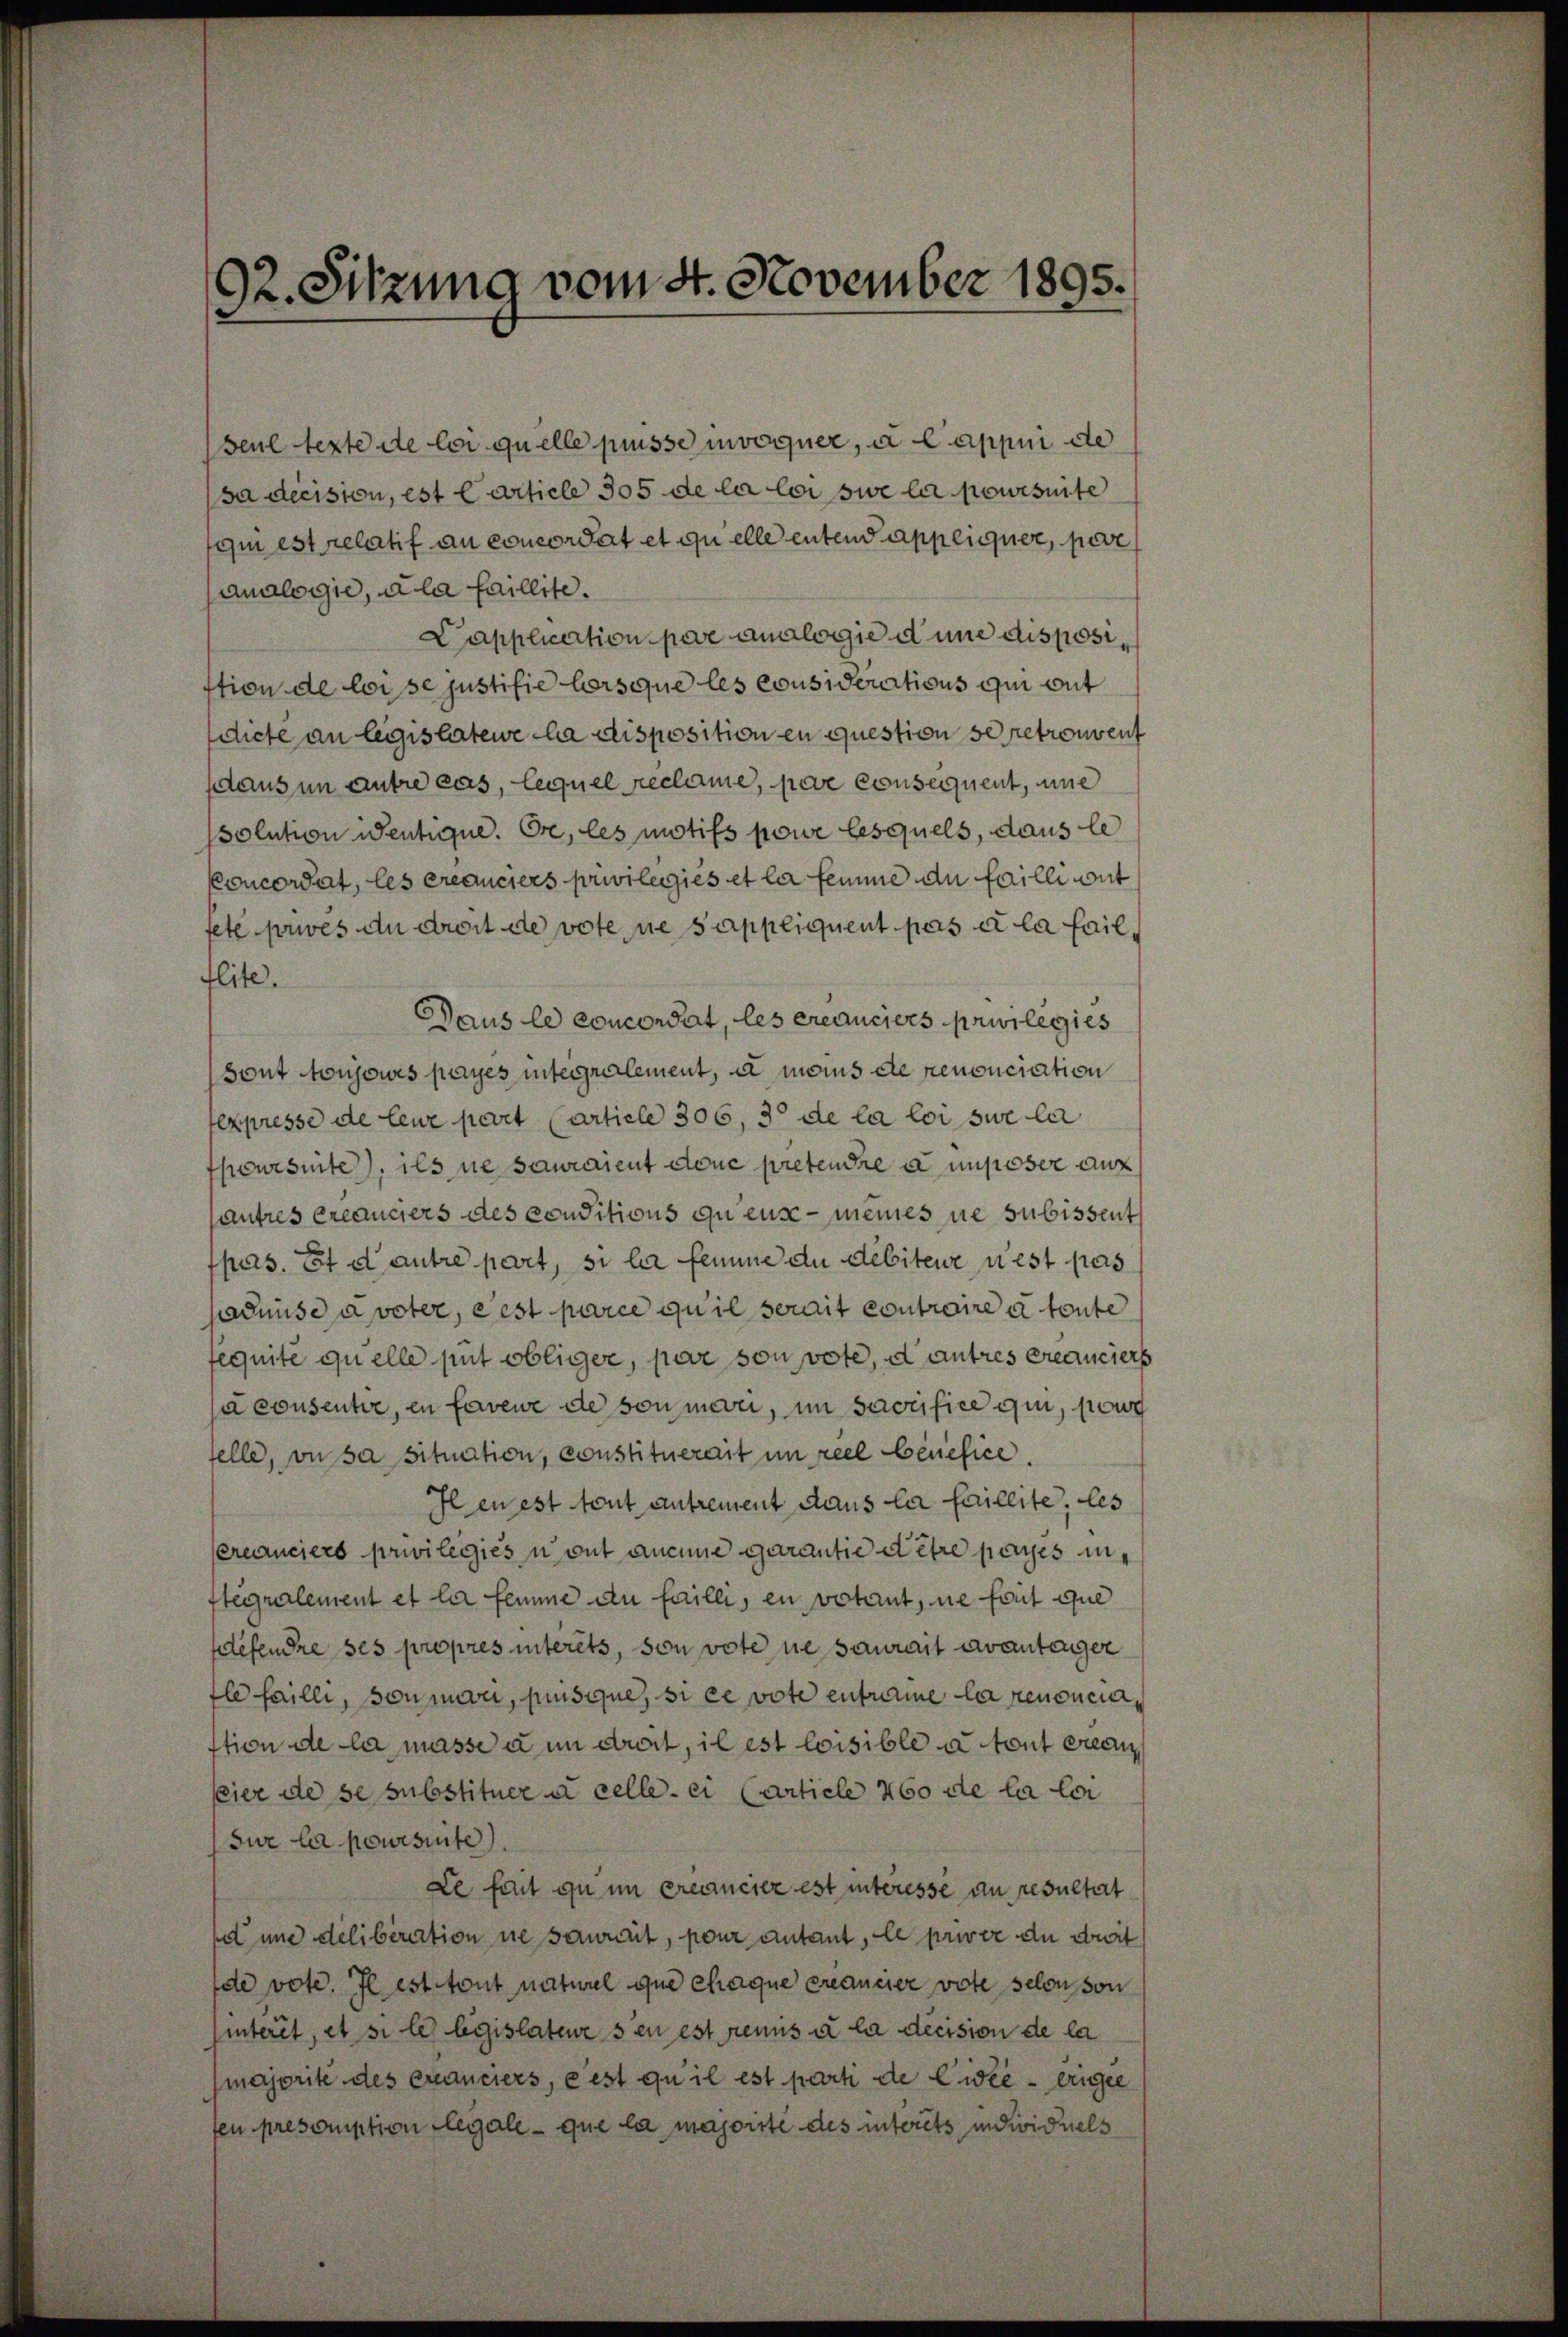
32. Sitzung vom 4. November 1895.

Seul texte de loi quelle puisse invoquer, a Cappui de
sa decision, est Carticle 305 de la loi sie la poursuite
qui est relatif an concordat et quelle entend appliquer, pere
analogie, à la faillite.
Capplication pere analogie d une disposiftion de loi se justifie lorsque les considerations qui mit
diete an legislatewe la disposition en question se retrouvent
daus in antre cas, lequel reclame, pere consequent, une
ssolution ientique. Ore, les motifs powe lesquels, dans le
Concordat, les créanciers privilegies et la femme du faille mit
fete prives du droit de vote, ne sappliquent pas à la failflite.
Daus le concordat, les créanciers privilegies
sont toujours payes integralement, à maus de renonciation
expresse de leur part (article 306, 3 de la loi sue let
poursuite), ils ne sauraient douc pretendre a imposer auf
pautres créanciers des conditions qu euse - meines ne subissent
pas. Et d autre part, si la femme du débiteur nest pas
sadmise à veter, est parce qu’il serait contraire à toute
fequité quelle mit obliger, par son vote, et autres créanciers
sa consentie, en faveur de son medii, im Sacrifice qui, sow
felle, on sa situation, constituerait in reel Benefice.
Il en est tout antrement dans la faillite, les
Cereanciers privilegies n’ont aneine garantie dere payes inftegralement et la femme du faille, en votant, ne fort que
tefendre ses propres interets, son vote ne saurait avantenger
fle faille, son mani, puisque, si ce vote entrie la renonciastion de la masse a un dreit, il est loisible a tout crea
feier de se substituer à celle ei (Article 460 de la loi
Sur la poursuite).
Le fort zu in créancier est interesse an resultat
het und deliberation ne soweit, pour autant, le prisse du drit
de vote. Il est tout naturel que chaque créancier vote selon von
hinteret, et si les legislateurs en est remis à la decision de la
majorité des Creduciers, e est qu’il est parti de Civie - eigel
fen présomption legale que la majorité des interets individuels